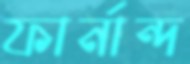
ফার্নান্দ